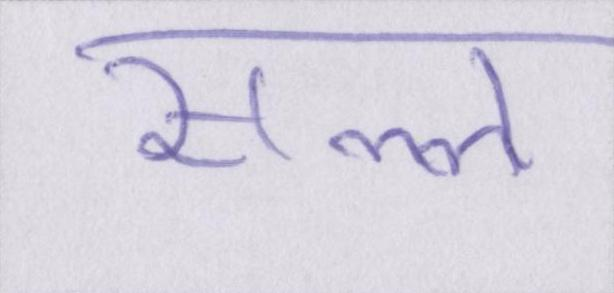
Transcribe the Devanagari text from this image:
सल्ल